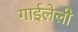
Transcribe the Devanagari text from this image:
गाईलेली